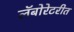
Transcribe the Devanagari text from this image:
लॅबोरेटरीत